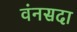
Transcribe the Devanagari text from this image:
वंनसदा